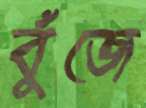
বুঁজে